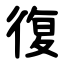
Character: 復